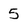
Character: 5